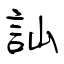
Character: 訕